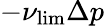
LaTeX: -\nu_{\mathrm{lim}}\Delta p